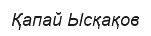
Қапай Ысқақов